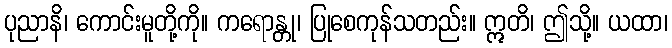
ပုညာနိ၊ ကောင်းမူတို့ကို။ ကရောန္တု၊ ပြုစေကုန်သတည်း။ ဣတိ၊ ဤသို့။ ယထာ၊